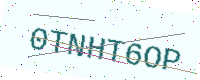
Text: 0TNHT6OP